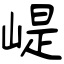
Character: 崼